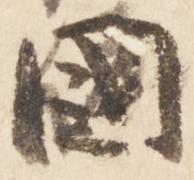
国